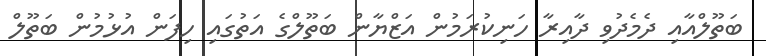
ބަތޫލްއާއި ދެމެދުވި ދާއިރާ ހަނިކުރަމުން އަޒްޔާން ބަތޫލްގެ އަތުގައި ހިފަން އުޅުމުން ބަތޫލް